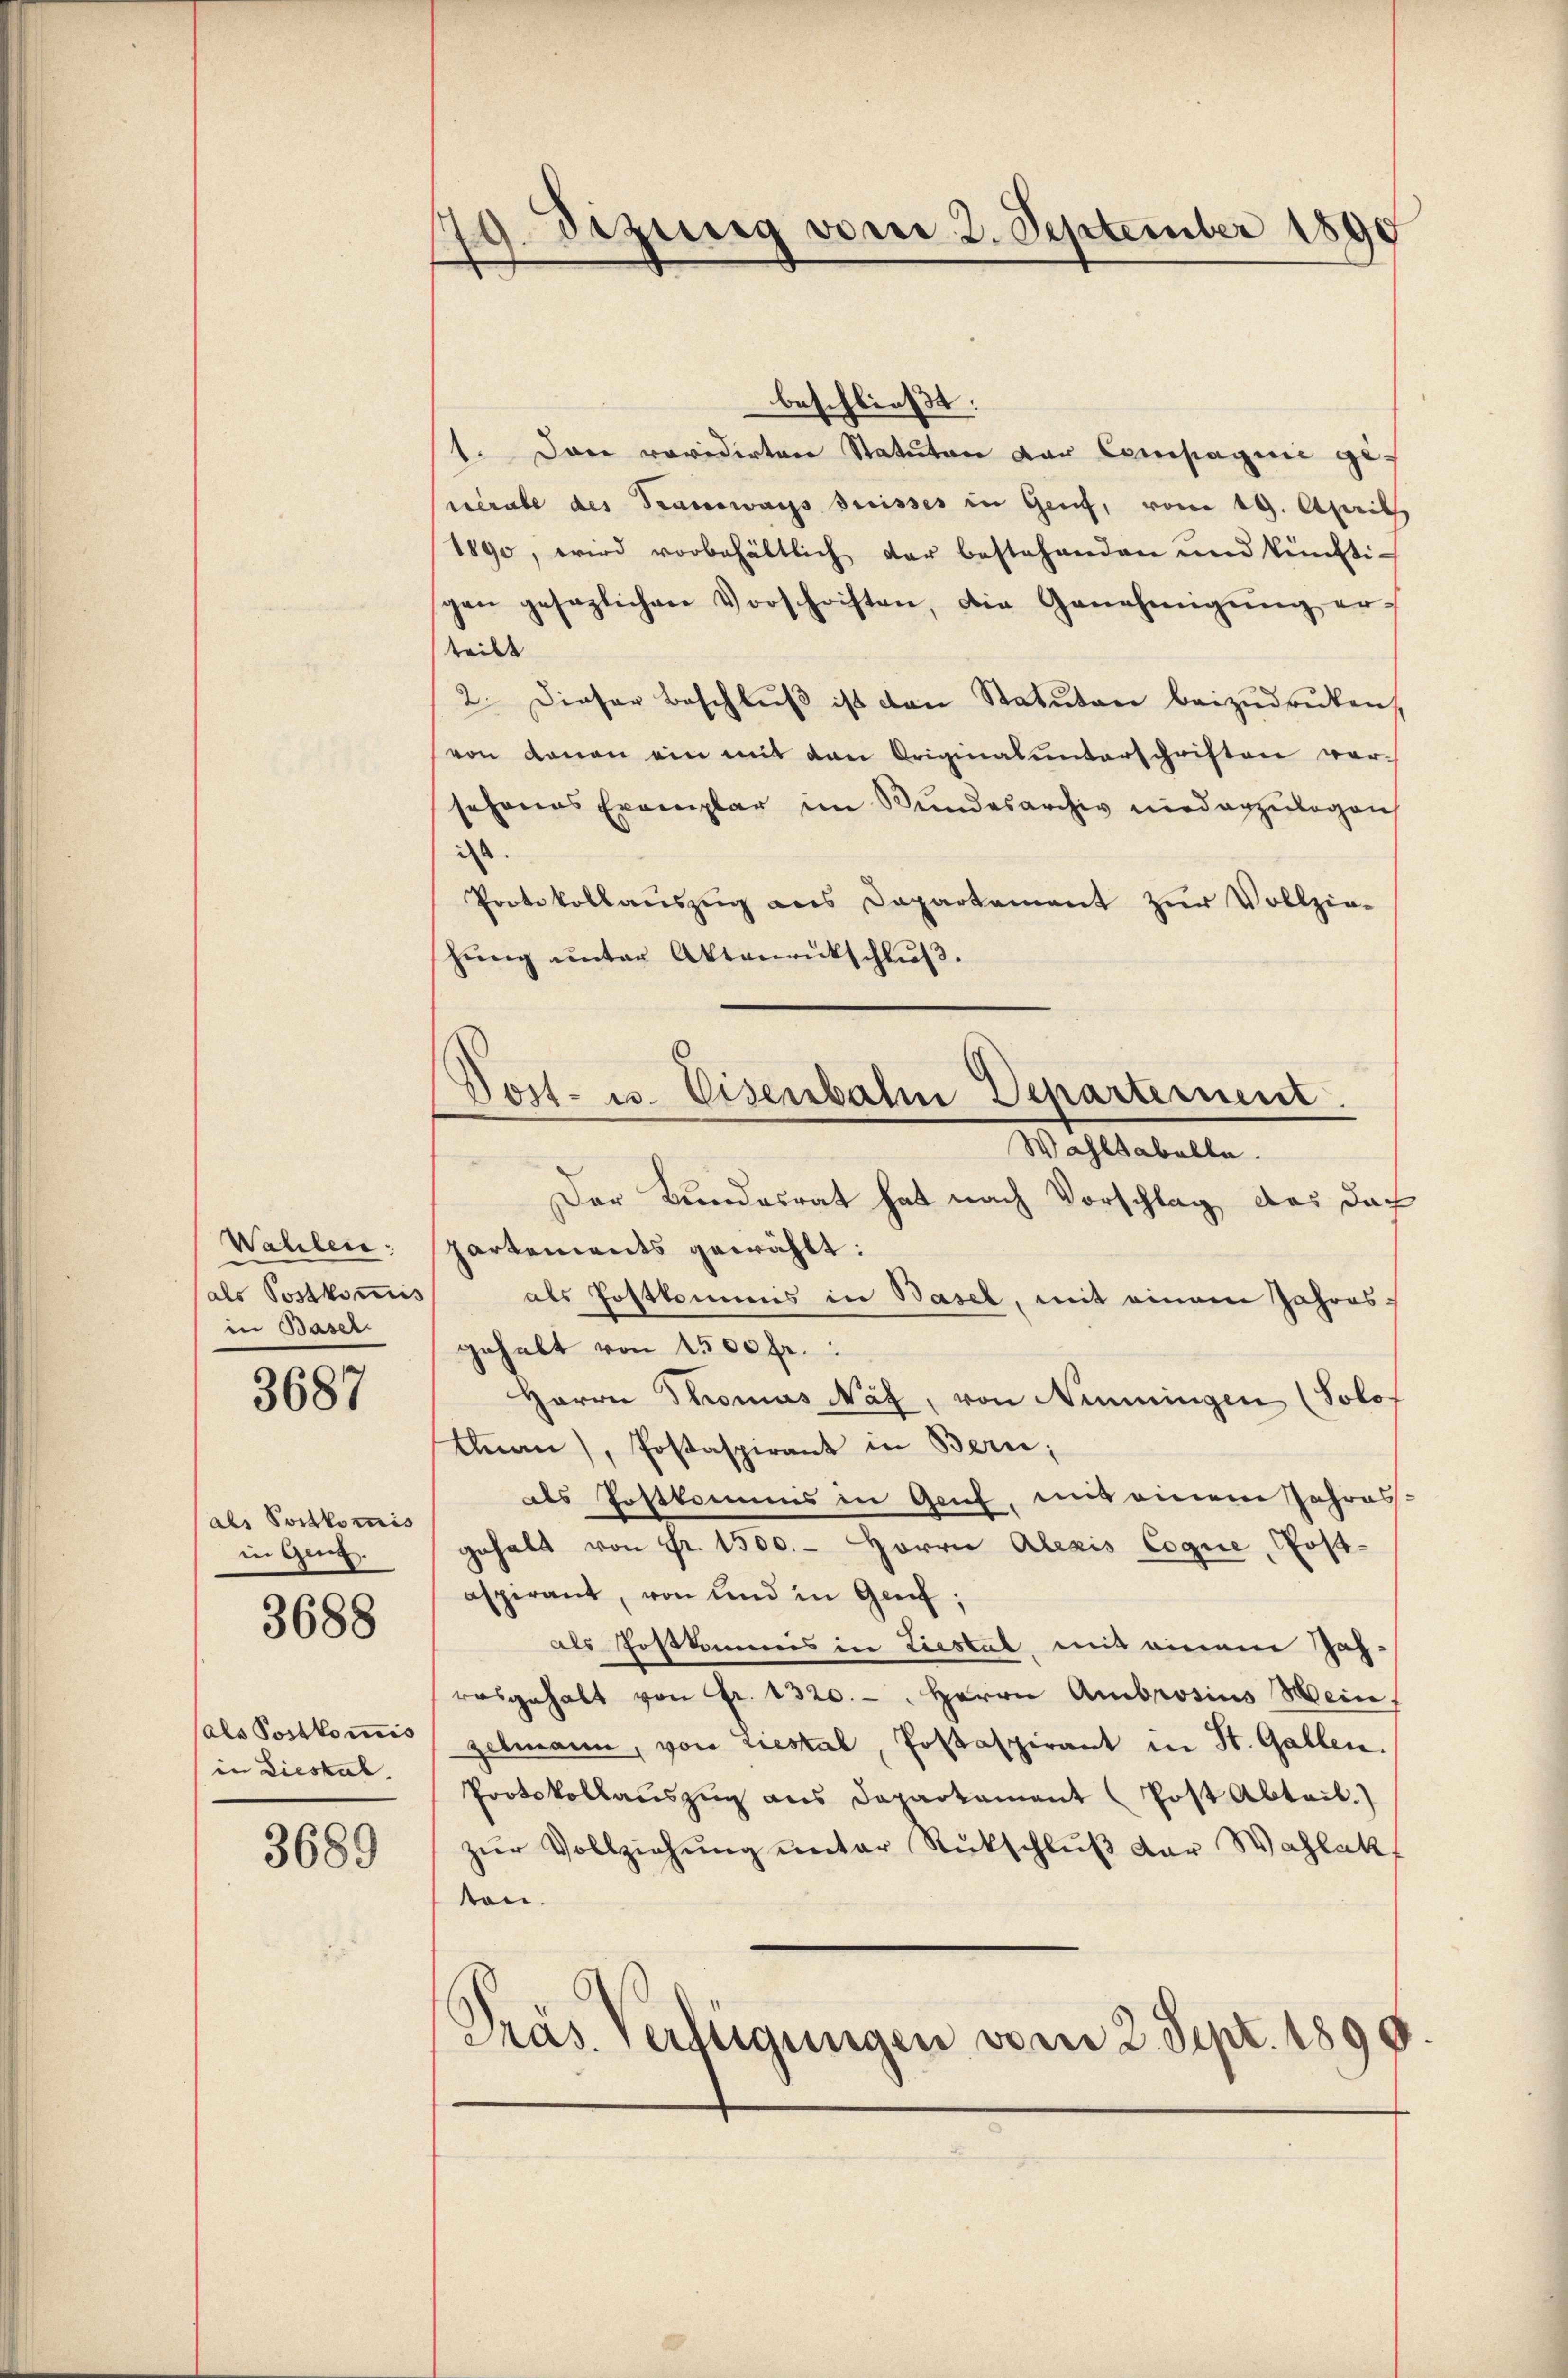
Wahlen:
als Postkomis
in Basel

3687

als Portkomis
in Genz.

3688

als Postkomis
in Liestal.

3689

79. izung vom 2. September 1890

Vost- u. Eisenbahn Departement

beschließt:
1. Dann revidirten Statuten der Compagnie geverabe des Transwangs dreisses in Genf, vom 19. April
1890, wird vorbehältlich der bestehenden und künfti-
gen gesezlichen Vorschriften, die Genehmigŭng er-
teilt
2. Dieser Beschlŭβ ist den Statuten beizudrucken,
von denen ein mit den Originalunterschriften ver-
schones Exemplar im Bundesarchiv niederzulegen
i
Protokollaŭszŭg ans Departement zŭr Vollzie-
hŭng ŭnter Aktenrutschlŭβ.
Wahltabelle.
Der Bundesrat hat nach Vorschlag das Doch
partements gewählt:
als Postkommes in Basel, mit einem Jahresgehalt von 1500 fr.:
Herrn Thomas Näf, von Nimmingen (Solo
tnau), Postaspirant in Bern;
aes Postkamens in Genf, und einem Jahres-
gehalt von Fr. 1500. - Herrn Alexis Coque, Postaspirant, von und in Genf;
als Postkommis in Liestal mit einem Jahrasgehalt von Fr. 2320. Herrn Ambrosius Mein
zelmann, von Liestal, Postaspirant in St. Gallen.
Protokollaŭszŭg ans Departament (Post Abteil.)
zur Vollziehung unter Rückschluß der Wahlakt
von.
Präs. Verfügungen vom 2. Sept. 1890